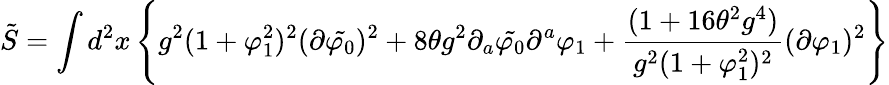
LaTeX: \tilde{S}=\int d^{2}{x}\left\{ g^{2}(1+\varphi_{1}^{2})^{2}(\partial\tilde{\varphi_{0}})^{2}+8\theta g^{2}\partial_{a}\tilde{\varphi_{0}}\partial^{a}\varphi_{1}+\frac{(1+16\theta^{2}g^{4})}{g^{2}(1+\varphi_{1}^{2})^{2}}(\partial\varphi_{1})^{2}\right\}